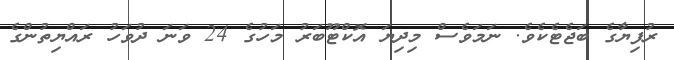
ރުފިޔާގެ ބަޖެޓެެކެވެ. ނަމަވެސް މިދިޔަ އޮކްޓޫބަރު މަހުގެ 24 ވަނަ ދުވަހު ރައްޔިތުންގެ